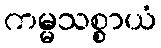
ကမ္မသစ္စာယံ